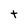
Character: t